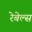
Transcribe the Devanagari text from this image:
रेबेल्स